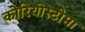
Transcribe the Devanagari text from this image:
कोरियोस्टोमा